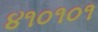
૪૧૦૧૦૧